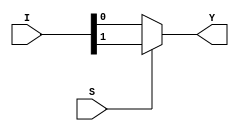
module mux_2_1_df(Y,I,S);

input [1:0]I;
input S;
output reg Y;

always @(*) 
    if(S)
        Y = I[1];
    else 
        Y = I[0];    

endmodule